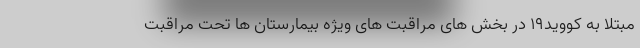
مبتلا به کووید۱۹ در بخش های مراقبت های ویژه بیمارستان ها تحت مراقبت